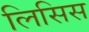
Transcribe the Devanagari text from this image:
लिसिस